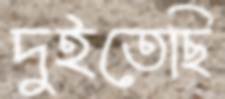
দুইতেছি